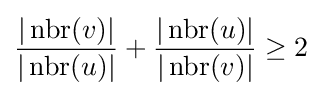
{\frac {|\operatorname {nbr} (v)|}{|\operatorname {nbr} (u)|}}+{\frac {|\operatorname {nbr} (u)|}{|\operatorname {nbr} (v)|}}\geq 2